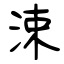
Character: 涑